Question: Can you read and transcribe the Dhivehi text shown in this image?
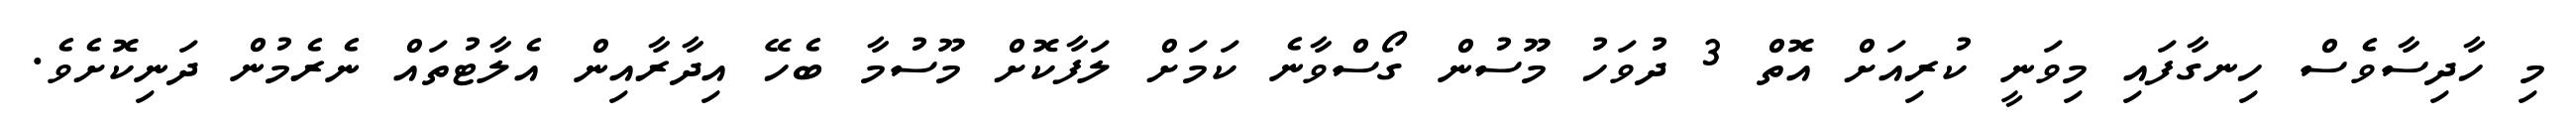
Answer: މި ހާދިސާވެސް ހިނގާފައި މިވަނީ ކުރިއަށް އޮތް 3 ދުވަހު މޫސުން ގޯސްވާނެ ކަމަށް ލަފާކޮށް މޫސުމާ ބެހޭ އިދާރާއިން އެލާޓުތައް ނެރެމުން ދަނިކޮށެވެ.